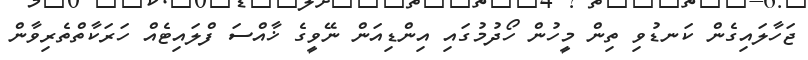
ޖަހާލައިގެން ކަނޑުވި ތިން މީހުން ހޯދުމުގައި އިންޑިއަން ނޭވީގެ ޚާއްސަ ފްލައިޓެއް ހަރަކާތްތެރިވާން